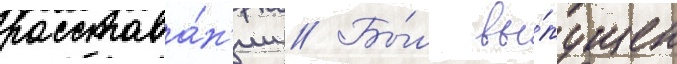
расстава́н'ии // Бы́л вы́пущен